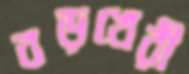
বড়খেরী